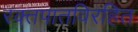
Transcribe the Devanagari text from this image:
रक्तपातविरहित